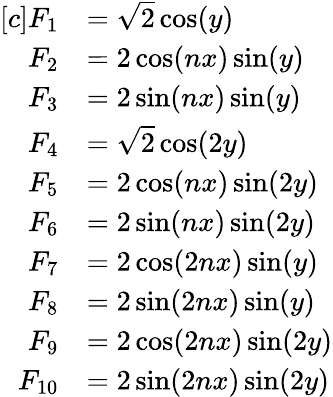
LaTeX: \begin{array}{rl}{[c]F_{1}}&{=\sqrt{2}\cos(y)}\\ {F_{2}}&{=2\cos(nx)\sin(y)}\\ {F_{3}}&{=2\sin(nx)\sin(y)}\\ {F_{4}}&{=\sqrt{2}\cos(2y)}\\ {F_{5}}&{=2\cos(nx)\sin(2y)}\\ {F_{6}}&{=2\sin(nx)\sin(2y)}\\ {F_{7}}&{=2\cos(2nx)\sin(y)}\\ {F_{8}}&{=2\sin(2nx)\sin(y)}\\ {F_{9}}&{=2\cos(2nx)\sin(2y)}\\ {F_{10}}&{=2\sin(2nx)\sin(2y)}\end{array}